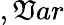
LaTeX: ,\mathfrak{V}ar